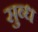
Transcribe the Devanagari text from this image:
सुब्ध